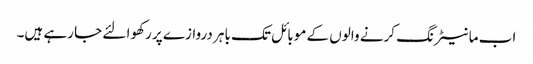
اب مانیٹرنگ کرنے والوں کے موبائل تک باہر دروازے پر رکھوا لئے جا رہے ہیں۔